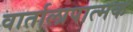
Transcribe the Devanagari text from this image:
वार्तालापात्मक